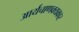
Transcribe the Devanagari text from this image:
आर्यचाणक्यकार